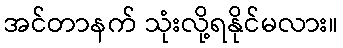
အင်တာနက် သုံးလို့ရနိုင်မလား။